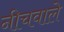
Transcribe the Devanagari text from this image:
नीचवाले